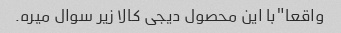
واقعا"با این محصول دیجی کالا زیر سوال میره.